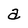
Character: a